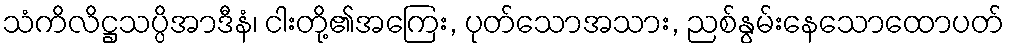
သံကိလိဋ္ဌသပ္ပိအာဒီနံ၊ ငါးတို့၏အကြေး, ပုတ်သောအသား, ညစ်နွမ်းနေသောထောပတ်